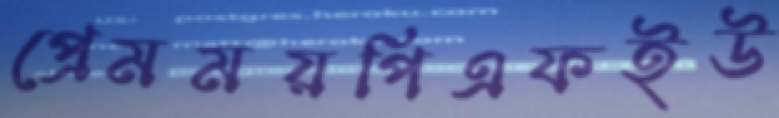
প্রেমময়পিএফইউ